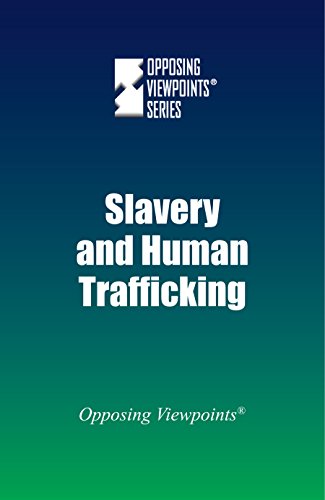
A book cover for Slavery And Human Trafficking (Opposing Viewpoints); Greenhaven Press; Teen & Young Adult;